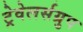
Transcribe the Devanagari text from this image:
ट्रेवेलर्सग्रुप